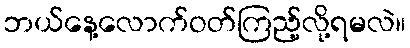
ဘယ်နေ့လောက်ဝတ်ကြည့်လို့ရမလဲ။